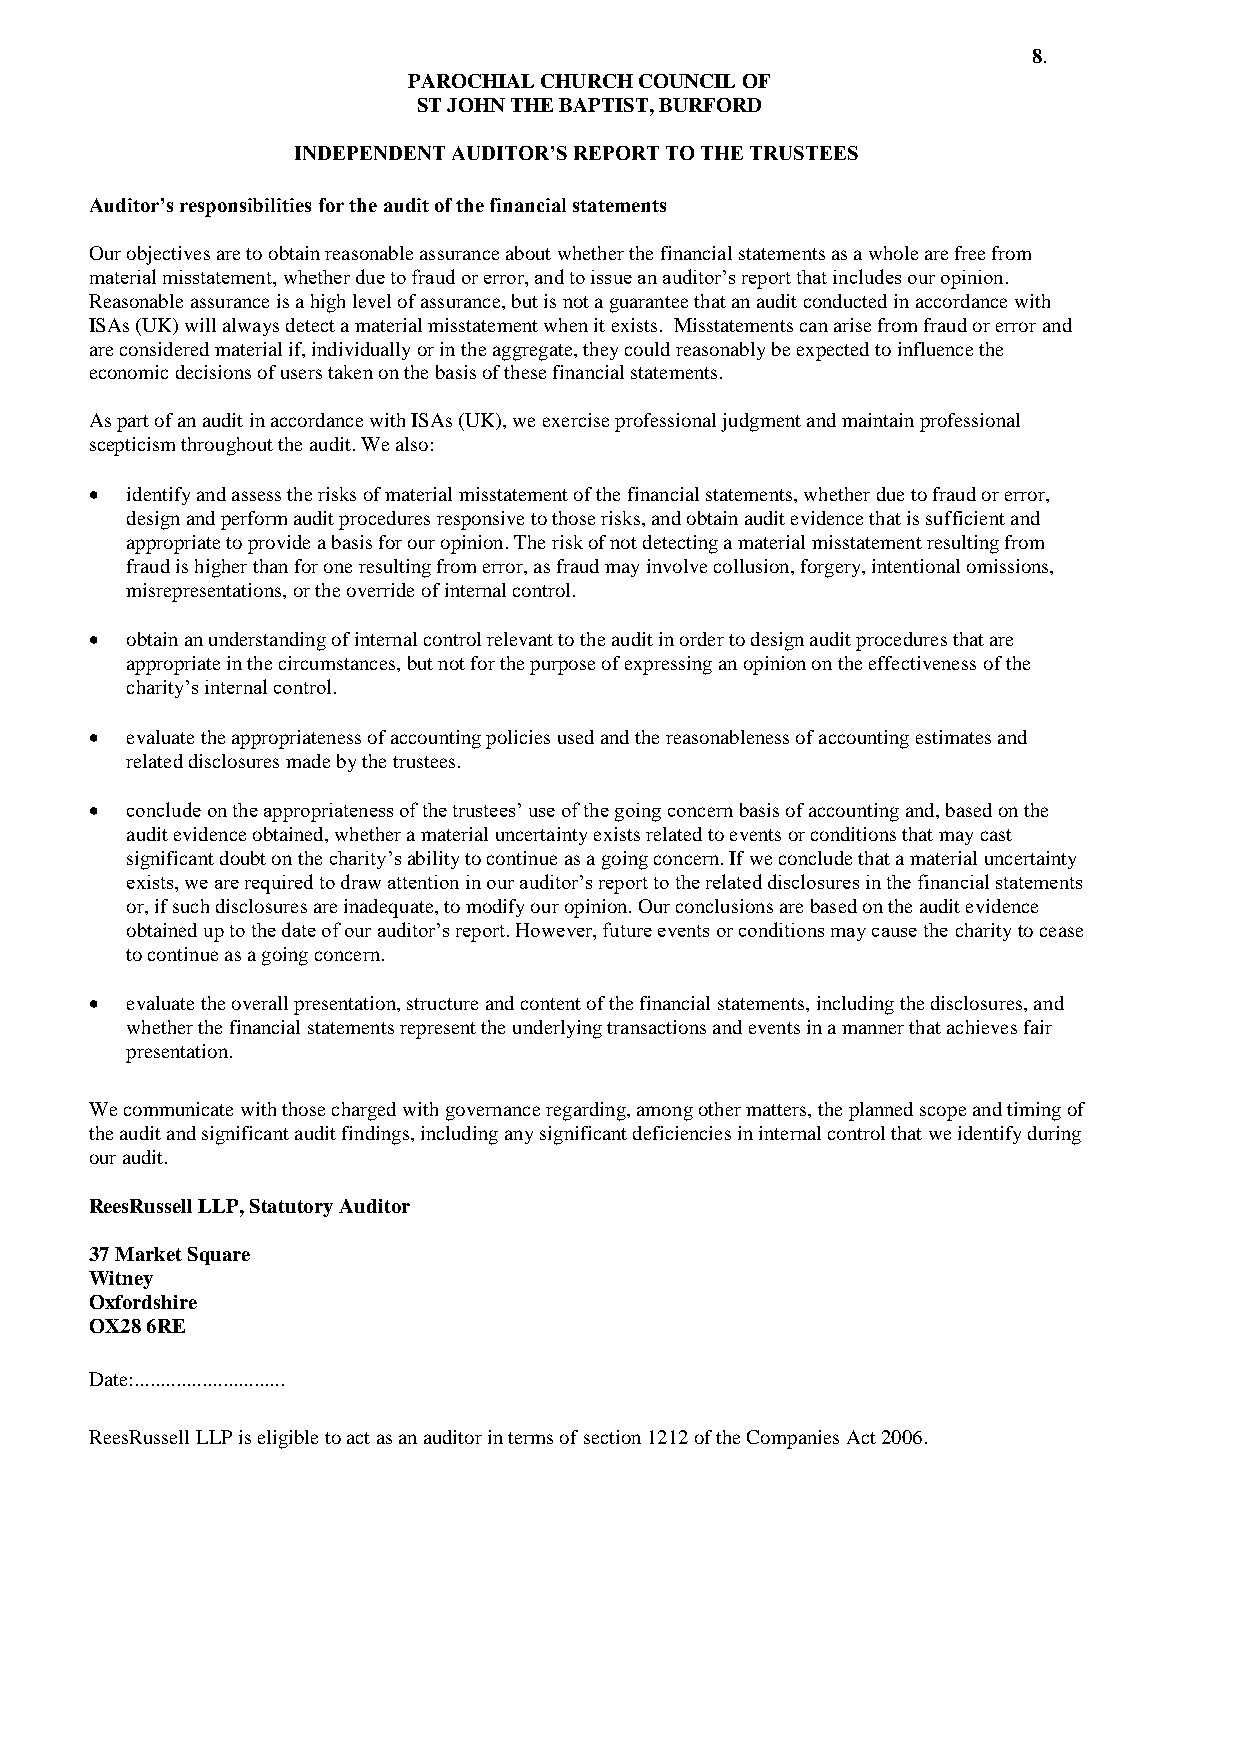
8.
 PAROCHIAL CHURCH COUNCIL OF
 ST JOHN THE BAPTIST, BURFORD
 INDEPENDENT AUDITOR’S REPORT TO THE TRUSTEES
 Auditor’s responsibilities for the audit of the financial statements
 Our objectives are to obtain reasonable assurance about whether the financial statements as a whole are free from
 material misstatement, whether due to fraud or error, and to issue an auditor’s report that includes our opinion.
 Reasonable assurance is a high level of assurance, but is not a guarantee that an audit conducted in accordance with
 ISAs (UK) will always detect a material misstatement when it exists. Misstatements can arise from fraud or error and
 are considered material if, individually or in the aggregate, they could reasonably be expected to influence the
 economic decisions of users taken on the basis of these financial statements.
 As part of an audit in accordance with ISAs (UK), we exercise professional judgment and maintain professional
 scepticism throughout the audit. We also:
  identify and assess the risks of material misstatement of the financial statements, whether due to fraud or error,
 design and perform audit procedures responsive to those risks, and obtain audit evidence that is sufficient and
 appropriate to provide a basis for our opinion. The risk of not detecting a material misstatement resulting from
 fraud is higher than for one resulting from error, as fraud may involve collusion, forgery, intentional omissions,
 misrepresentations, or the override of internal control.
  obtain an understanding of internal control relevant to the audit in order to design audit procedures that are
 appropriate in the circumstances, but not for the purpose of expressing an opinion on the effectiveness of the
 charity’s internal control.
  evaluate the appropriateness of accounting policies used and the reasonableness of accounting estimates and
 related disclosures made by the trustees.
  conclude on the appropriateness of the trustees’ use of the going concern basis of accounting and, based on the
 audit evidence obtained, whether a material uncertainty exists related to events or conditions that may cast
 significant doubt on the charity’s ability to continue as a going concern. If we conclude that a material uncertainty
 exists, we are required to draw attention in our auditor’s report to the related disclosures in the financial statements
 or, if such disclosures are inadequate, to modify our opinion. Our conclusions are based on the audit evidence
 obtained up to the date of our auditor’s report. However, future events or conditions may cause the charity to cease
 to continue as a going concern.
  evaluate the overall presentation, structure and content of the financial statements, including the disclosures, and
 whether the financial statements represent the underlying transactions and events in a manner that achieves fair
 presentation.
 We communicate with those charged with governance regarding, among other matters, the planned scope and timing of
 the audit and significant audit findings, including any significant deficiencies in internal control that we identify during
 our audit.
 ReesRussell LLP, Statutory Auditor
 37 Market Square
 Witney
 Oxfordshire
 OX28 6RE
 Date:.............................
 ReesRussell LLP is eligible to act as an auditor in terms of section 1212 of the Companies Act 2006.